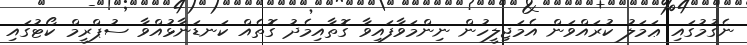
ނެގުމުގައި ޢަމަލު ކުރައްވަން އެމަޖިލީހުން ނިންމަވާފައިވާ ގޮތާއިމެދު ގޮތެއް ކަނޑަނާޅުއްވާ ސުޕްރީމް ކޯޓުގައި